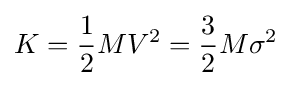
K={\frac {1}{2}}MV^{2}={\frac {3}{2}}M\sigma ^{2}